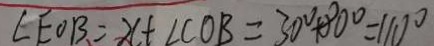
\angle E O B = x + \angle C O B = 3 0 ^ { \circ } + 8 0 ^ { \circ } = 1 1 0 ^ { \circ }